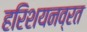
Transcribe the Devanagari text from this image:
हरिशयनव्रत